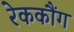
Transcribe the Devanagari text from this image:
रेककौंग